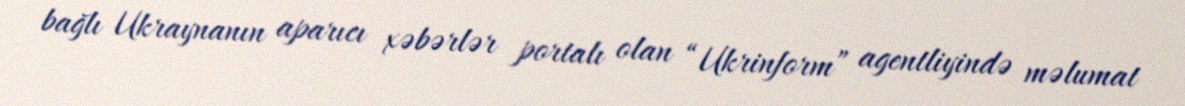
bağlı Ukraynanın aparıcı xəbərlər portalı olan “Ukrinform” agentliyində məlumat